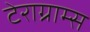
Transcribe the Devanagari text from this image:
टेराग्राम्स